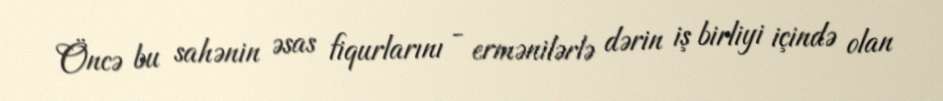
Öncə bu sahənin əsas fiqurlarını - ermənilərlə dərin iş birliyi içində olan